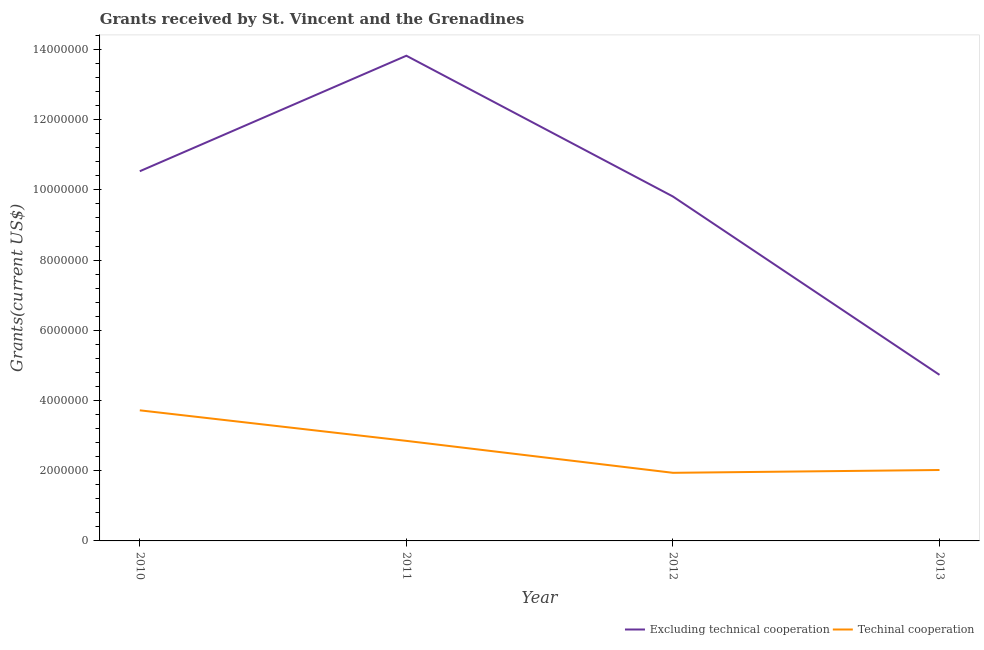
| Year | Excluding technical cooperation | Techinal cooperation |
 | --- | --- | --- |
 | 2010 | 1.05e+07 | 3.72e+06 |
 | 2011 | 1.38e+07 | 2.85e+06 |
 | 2012 | 9.81e+06 | 1.94e+06 |
 | 2013 | 4.73e+06 | 2.02e+06 |